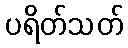
ပရိတ်သတ်